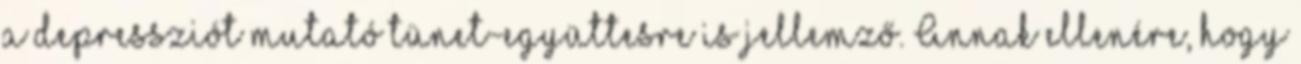
a depressziót mutató tünet-együttesre is jellemző. Annak ellenére, hogy